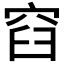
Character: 𮃼